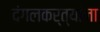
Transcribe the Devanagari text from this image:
दंगलकर्त्यांना